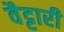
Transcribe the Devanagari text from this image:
वैट्टारी